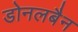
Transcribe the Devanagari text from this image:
डोनलबैन